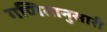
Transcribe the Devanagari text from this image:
गणितानुसारी